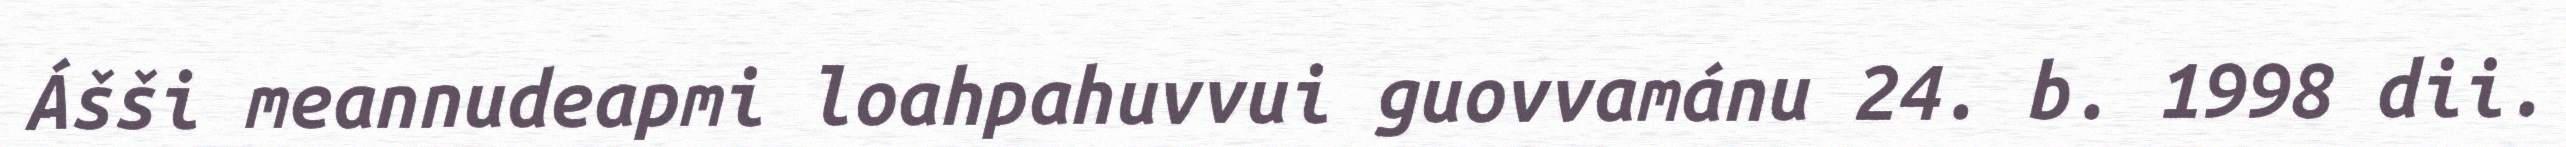
Ášši meannudeapmi loahpahuvvui guovvamánu 24. b. 1998 dii.